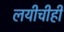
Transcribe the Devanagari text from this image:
लयीचीही